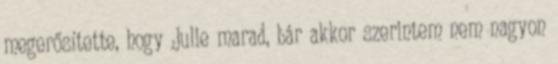
megerősítette, hogy Julie marad, bár akkor szerintem nem nagyon